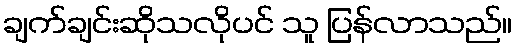
ချက်ချင်းဆိုသလိုပင် သူ ပြန်လာသည်။